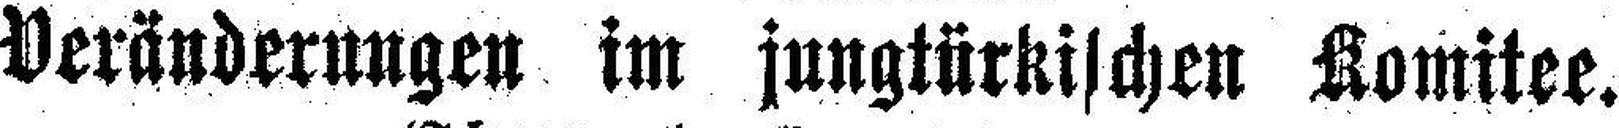
Veränderungen im jungtürkischen Komitee.